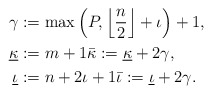
\begin{align*}\gamma&:= \max \left(P, \left\lfloor \frac{ n}{ 2}\right\rfloor + \iota\right)+1,\\\underline \kappa&:= m+1\bar \kappa:= \underline \kappa + 2 \gamma,\\\underline \iota&:= n+2 \iota+1\bar \iota:= \underline \iota + 2 \gamma.\end{align*}